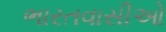
ભારતવાસીઓ